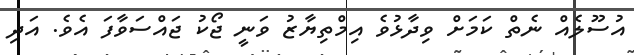
އުސޫލެއް ނެތް ކަމަށް ވިދާޅުވެ އިމްތިޔާޒު ވަނީ ޖޯކު ޖައްސަވާފަ އެވެ. އަދި